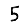
Digit: 5